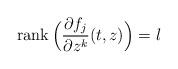
LaTeX: \begin{align*}\mathrm{rank}\,\Big(\frac{\partial f_j}{\partial z^k}(t,z)\Big)=l\end{align*}